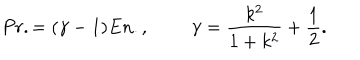
LaTeX: P r . = ( \gamma - 1 ) E n . , \; \; \gamma = \frac { k ^ { 2 } } { 1 + k ^ { 2 } } + \frac { 1 } { 2 } .